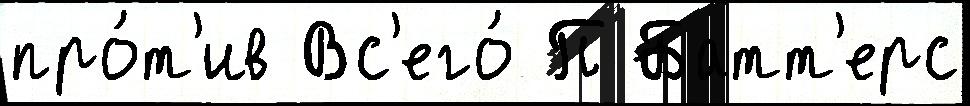
про́т'ив Вс'его́ П Батт'ерс